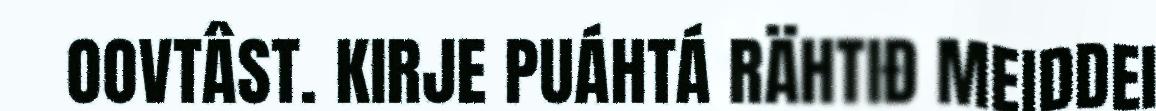
OOVTÂST. KIRJE PUÁHTÁ RÄHTIĐ MEIDDEI